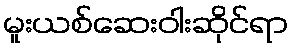
မူးယစ်ဆေးဝါးဆိုင်ရာ